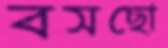
বসছো